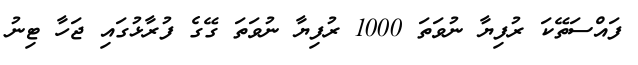
ފައްސަތޭކަ ރުފިޔާ ނުވަތަ 1000 ރުފިޔާ ނުވަތަ ގޭގެ ފުރާޅުގައި ޖަހާ ޓިނު